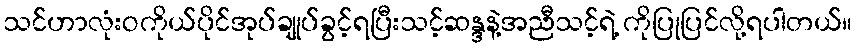
သင်ဟာလုံးဝကိုယ်ပိုင်အုပ်ချုပ်ခွင့်ရပြီးသင့်ဆန္ဒနဲ့အညီသင့်ရဲ့ ကိုပြုပြင်လို့ရပါတယ်။